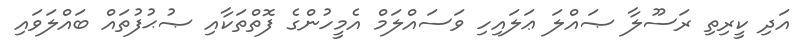
އަދި ކީރިތި ރަސޫލާ ޞައްލަ ޢަލައިހި ވަސައްލަމް އެމީހުންގެ ފޮތްތަކާއި ޞުޙުފުތައް ބައްލަވައި